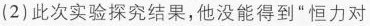
此次实验探究结果，他没能得到”恒力